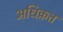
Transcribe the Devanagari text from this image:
अधिक्रत